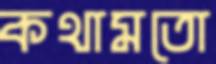
কথামতো